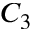
C _ { 3 }